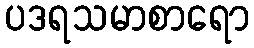
ပဒရသမာစာရော